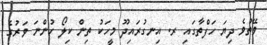
ވޭތުވެ ދިޔަ ހަފްތާގައި ރ. އިނގުރައިދޫ މީހަކު ތިން ކިލޯ ހުންނަ ވަރުގެ